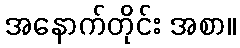
အနောက်တိုင်း အစာ။